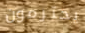
يحترمون